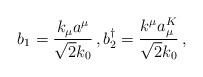
LaTeX: \begin{align*}b_1=\frac{k_\mu a^\mu}{\sqrt{2} k_0} \, , b_2^\dagger =\frac{ k^\mu a_\mu^K}{\sqrt{2} k_0} \, ,\end{align*}